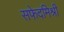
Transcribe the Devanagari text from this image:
सफेदमिश्री